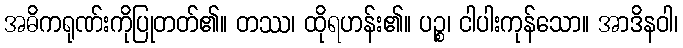
အဓိကရုဏ်းကိုပြုတတ်၏။ တဿ၊ ထိုရဟန်း၏။ ပဉ္စ၊ ငါပါးကုန်သော။ အာဒိနဝါ၊